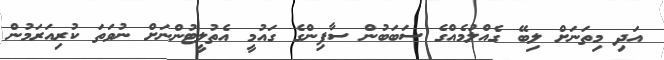
އަދި މިތަނަށް ލިބޭ ގެއްލުމެއްގެ ސަބަބުން ސާފިންގެ ގައުމީ އެތުލީޓުންނަށް ނުވަތަ ކުރިއަރަމުން